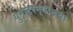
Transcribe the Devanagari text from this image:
युगादरम्यानचा